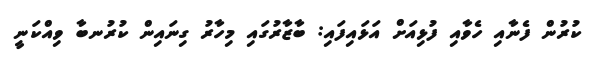
ކުރުން ފެނާއި ހެވާއި ފުޅިއަށް އަޅައިފައި: ބާޒާރުގައި މިހާރު ގިނައިން ކުރުނބާ ވިއްކަނީ